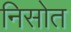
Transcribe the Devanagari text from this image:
निसोत